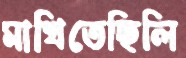
মাখিতেছিলি